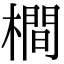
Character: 橺